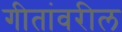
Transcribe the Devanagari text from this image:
गीतांवरील